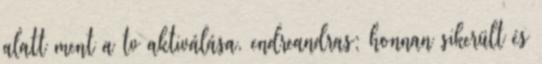
alatt ment a tv aktiválása. endreandras: honnan sikerült és